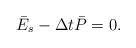
LaTeX: \begin{align*}\bar{E}_s - \Delta t\bar{P}=0.\end{align*}